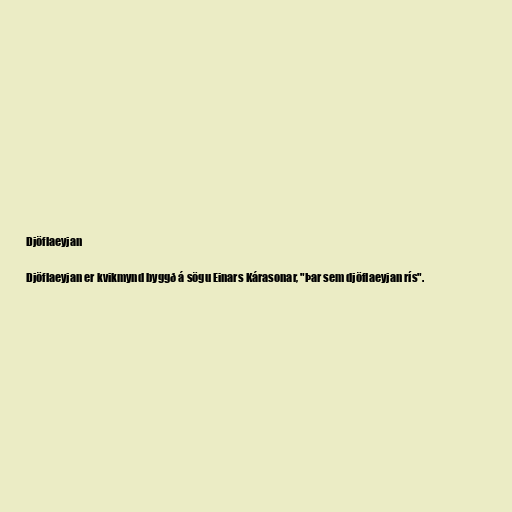
Djöflaeyjan

Djöflaeyjan er kvikmynd byggð á sögu Einars Kárasonar, "Þar sem djöflaeyjan rís".